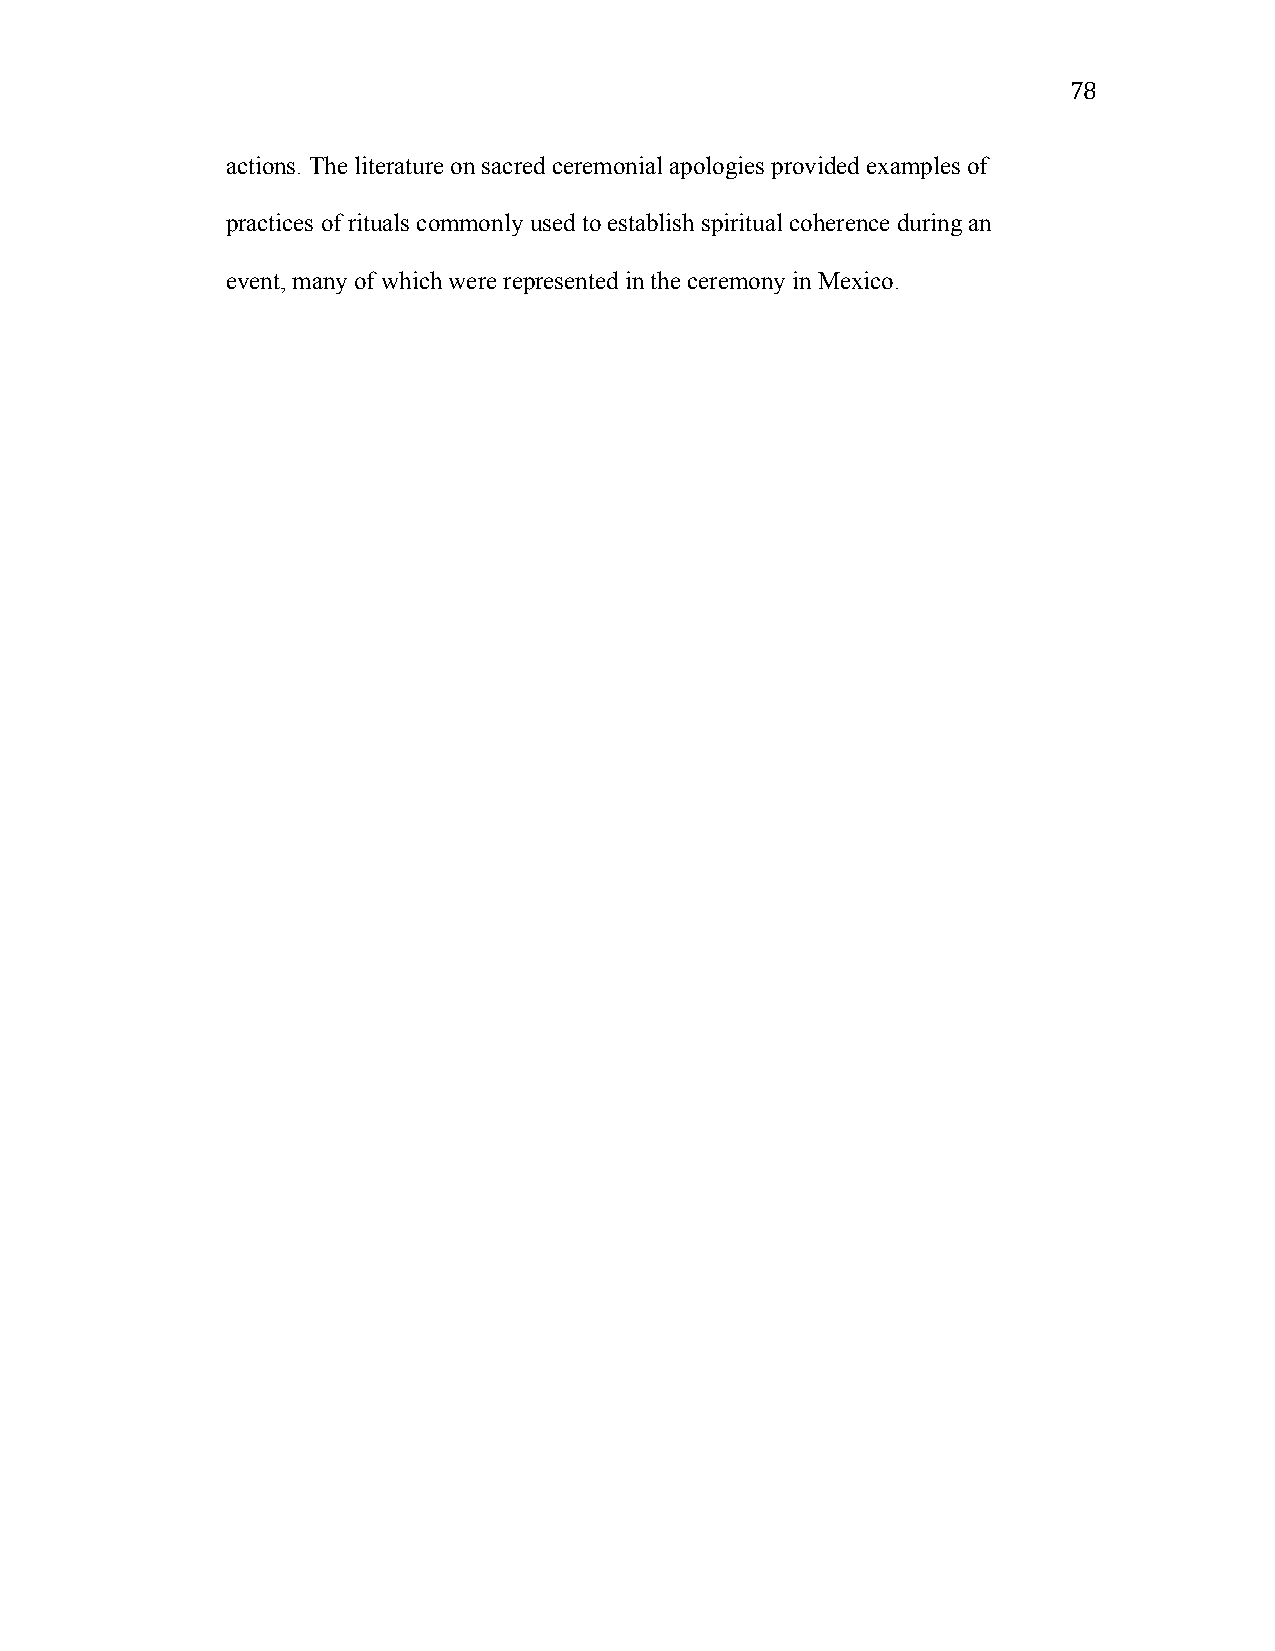
78
 actions. The literature on sacred ceremonial apologies provided examples of
 practices of rituals commonly used to establish spiritual coherence during an
 event, many of which were represented in the ceremony in Mexico.